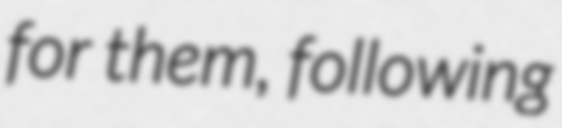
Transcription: for them, following